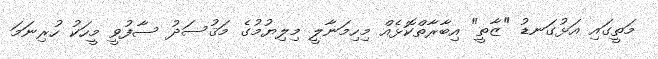
މަތީގައި އަޅުގަނޑު "ޒާތީ" އިބާރާތްކޮޅެއް މިހިމަނާލީ މިލިޔުމުގެ މަޤުސަދު ސާފުވީ މީހަކު ހުރިނަމަ